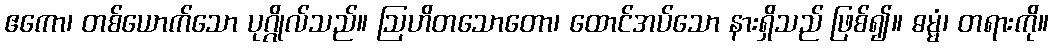
ဧကော၊ တစ်ယောက်သော ပုဂ္ဂိုလ်သည်။ ဩဟိတသောတော၊ ထောင်အပ်သော နားရှိသည် ဖြစ်၍။ ဓမ္မံ၊ တရားကို။